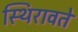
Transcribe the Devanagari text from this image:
स्थिरावते